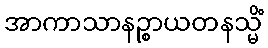
အာကာသာနဉ္စာယတနသ္မိံ